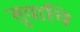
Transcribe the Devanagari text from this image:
तुवाचि